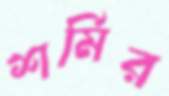
শর্মির